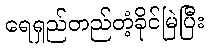
ရေရှည်တည်တံ့ခိုင်မြဲပြီး